Lunatic asylums United Prov. 1922-30 - 1922-1930
Year: 1922
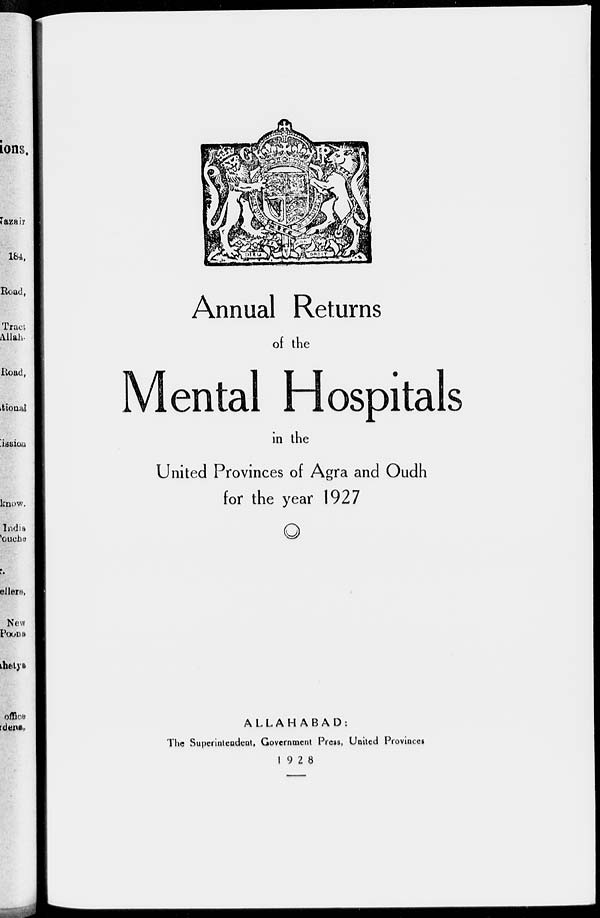
Annual Returns
of the
Mental Hospitals
in the
United Provinces of Agra and Oudh
for the year 1927
ALLAHABAD:
The Superintendent, Government Press, United Provinces
1928